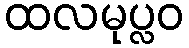
ထလမုပ္လဝ